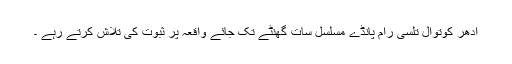
ادھر کوتوال تلسی رام پانڈے مسلسل سات گھنٹے تک جائے واقعہ پر ثبوت کی تلاش کرتے رہے ۔